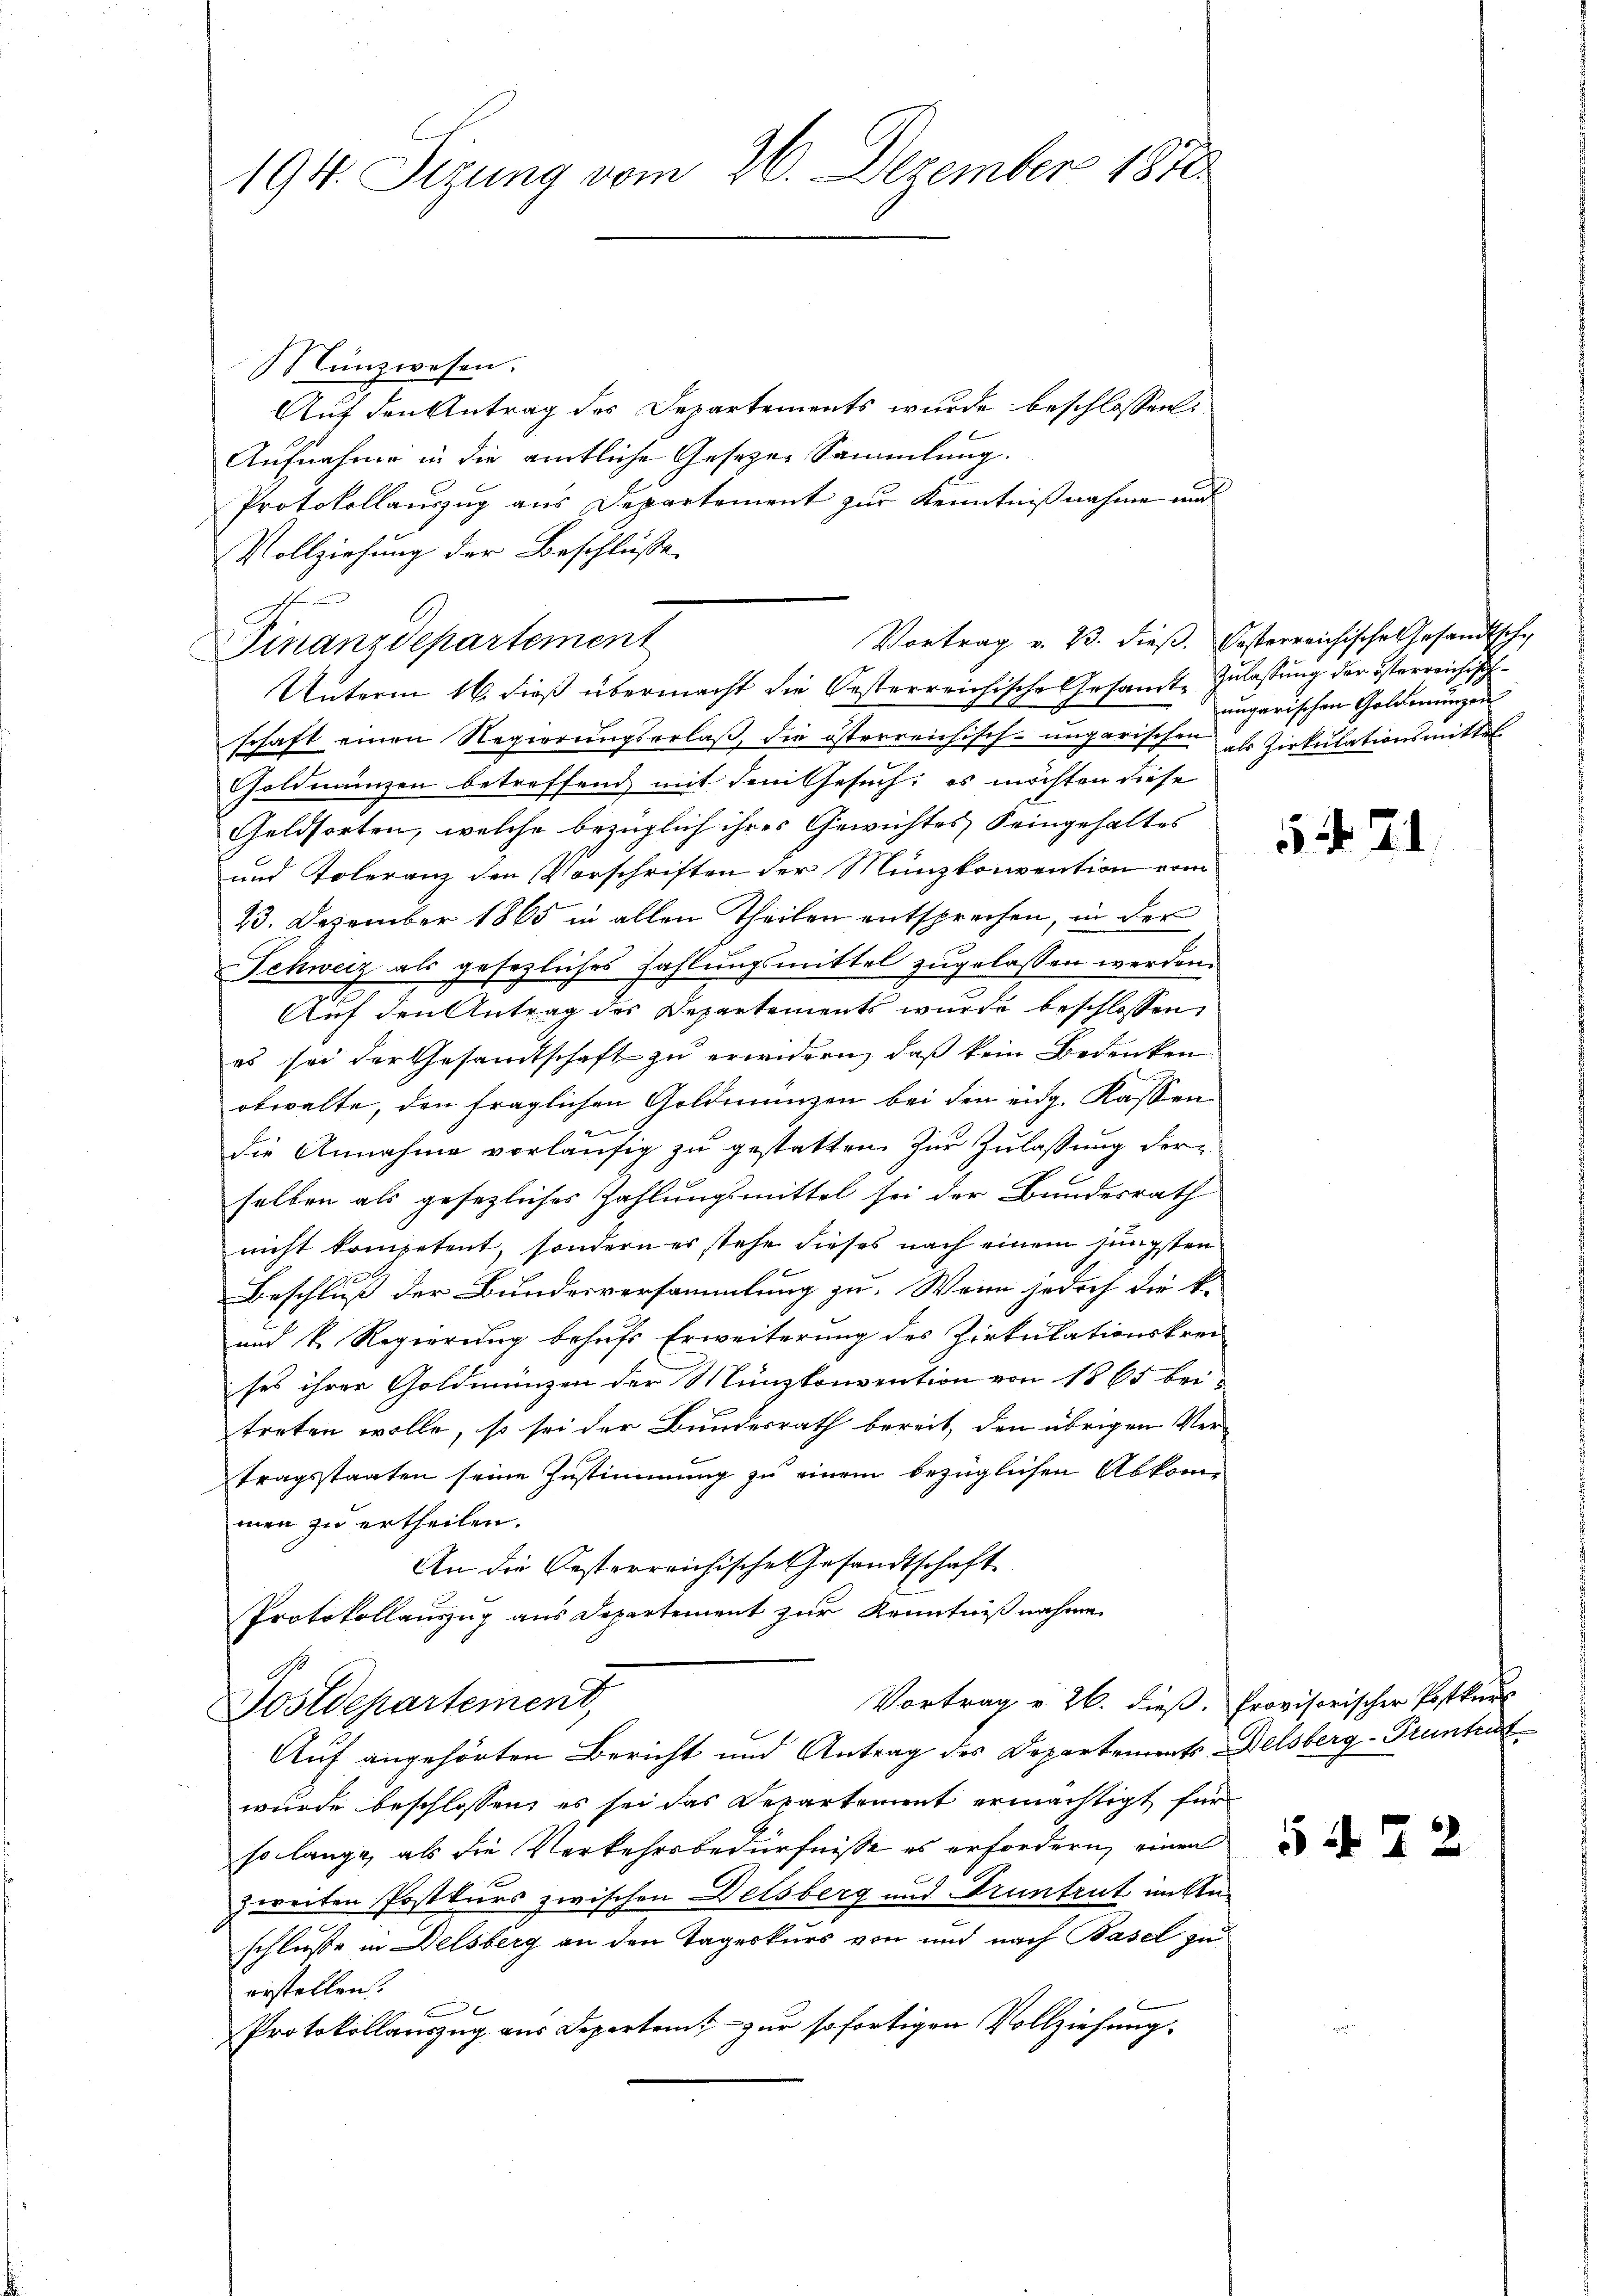
194. Sizung vom 26. Dezember 1870

Münzwesen.
Auf den Antrag des Departements wurde beschlossen:
Aufnahme in die amtliche Gesezes Sammlung.
Protokollauszug aus Departement zur Kenntnißnahme und
Vollziehung der Beschlüsse.
Finanzdepartement
Unterm 16. dieß übermacht die Oesterreichische Gesandte Zulassung der österreichisch
schaft einen Regierungserlaß, die österreichisch-ungarischen ihr Zirkulationsmittel
Goldmünzen betreffend mit dem Gesuch, es möchten diese
Geldsorten, welche bezüglich ihres Gewichtes Seingehaltes
und Toleranz den Vorschriften der Münzkonvention vom
23. Dezember 1865 in allen Theilen entsprechen, in der
Schweiz als gesezliches Zahlungsmittel zugelassen werden.
Auf den Antrag des Departements wurde beschlossen,
es sei der Gesamtschaft zu erwidern, daß kein Bedenken
obwalte, den fraglichen Goldmünzen bei den eidg. Kassen
die Annahme vorläufig zu gestatten zur Zulassung derselben als gesezliches Zahlungsmittel sei der Bundesrath
nicht kompetent, sondern es stehe dieses nach einem jüngsten
Beschluß der Bundesversammlung zu. Wenn jedoch die k.
und k. Regierung behufs Erweiterung des Zirkulationskrei
ses ihrer Goldmünzen der Münzkonvention von 1865 bei-
treten wolle, so sei der Bundesrath bereit, den übrigen Vertragsstaaten seine Zustimmung zu einem bezüglichen Abkommen zu ertheilen.
An die Oesterreichische Gesandtschaft
Protokollauszug aus Departement zur Kenntnißnahme
Vortrag v. 26. dieß.
Postdepartement,
Auf angehörten Bericht und Antrag des Departements-
wurde beschlossen, es sei das Departement ermächtigt für
so lange, als die Verkehrsbedürfnisse es erfordern, einen
zweiten Postkurs zwischen Delsberg und runtrut in An-
schlüsse in Delsberg an den Tageskurs von und nach Basel zu
erstellen.
Protokollauszug aus Departeit - zur sofortigen Vollziehung

Vortrag v. 23. dieß. Oesterreichische Gesandtsche

ungarischen Goldmungen

54. 21

Provisorischer Postkurs
Delsberg-Pruntrut

544